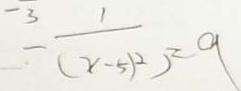
- \frac { 1 } { ( x - 5 ) ^ { 2 } } = 9